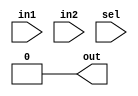
`timescale 1ns/1ns

module mux2to1(input in1, in2, input [2:0]sel, output out);
    reg out_reg;

    localparam POUR_FOOD = 3'b001;  
    localparam INTERVAL = 3'b011;

    assign out = 0;

    always @* begin
    //in1 o sa fie food_counter, in2 o sa fie interval_counter
        if(sel == POUR_FOOD) begin 
            out_reg = in1;
        end
        else if(sel == INTERVAL) begin
            out_reg = in2;
        end
    end

    assign out = out_reg;
endmodule